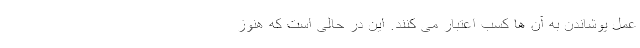
عمل پوشاندن به آن ها کسبِ اعتبار می کنند. این در حالی است که هنوز